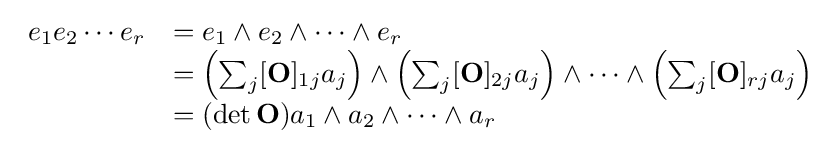
{\begin{array}{rl}e_{1}e_{2}\cdots e_{r}&=e_{1}\wedge e_{2}\wedge \cdots \wedge e_{r}\\&=\left(\sum _{j}[\mathbf {O} ]_{1j}a_{j}\right)\wedge \left(\sum _{j}[\mathbf {O} ]_{2j}a_{j}\right)\wedge \cdots \wedge \left(\sum _{j}[\mathbf {O} ]_{rj}a_{j}\right)\\&=(\det \mathbf {O} )a_{1}\wedge a_{2}\wedge \cdots \wedge a_{r}\end{array}}